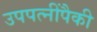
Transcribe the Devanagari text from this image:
उपपत्नींपैकी